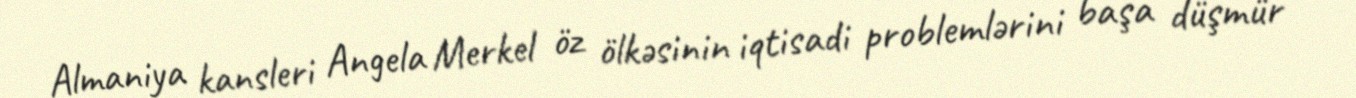
Almaniya kansleri Angela Merkel öz ölkəsinin iqtisadi problemlərini başa düşmür